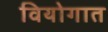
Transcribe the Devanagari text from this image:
वियोगात